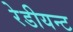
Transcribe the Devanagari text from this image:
रेडीयन्ट